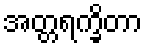
အတ္တရက္ခိတာ